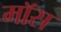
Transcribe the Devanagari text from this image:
माॅस